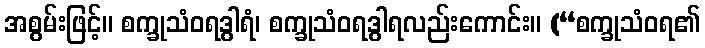
အစွမ်းဖြင့်။ စက္ခုသံဝရဒွါရံ၊ စက္ခုသံဝရဒွါရလည်းကောင်း။ (“စက္ခုသံဝရ၏